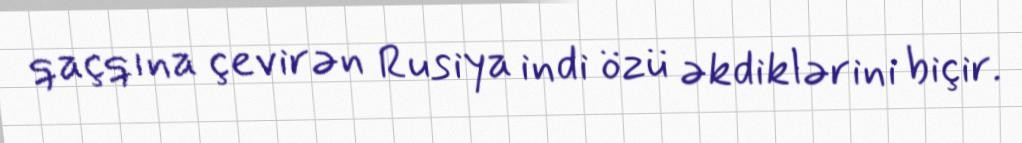
qaçqına çevirən Rusiya indi özü əkdiklərini biçir.